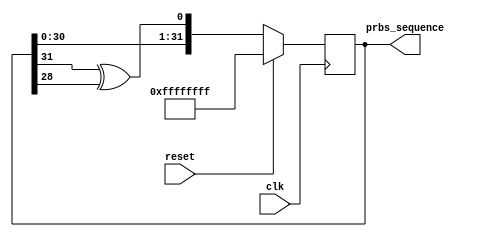
module prbs_sequence_generator (
  input clk,
  input reset,
  output reg [31:0] prbs_sequence
);

reg [31:0] shift_register;

always @(posedge clk) begin
  if (reset) begin
    shift_register <= 32'hFFFFFFFF;
  end else begin
    shift_register <= {shift_register[30:0], shift_register[31] ^ shift_register[28]};
  end
end

assign prbs_sequence = shift_register;

endmodule